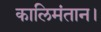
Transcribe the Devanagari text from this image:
कालिमंतान।